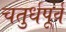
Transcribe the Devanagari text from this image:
चतुर्धपूर्व